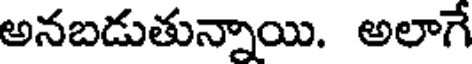
అనబడుతున్నాయి. అలాగే